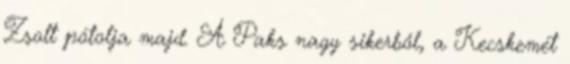
Zsolt pótolja majd. A Paks nagy sikerből, a Kecskemét